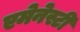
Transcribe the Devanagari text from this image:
एमेनेस्टी